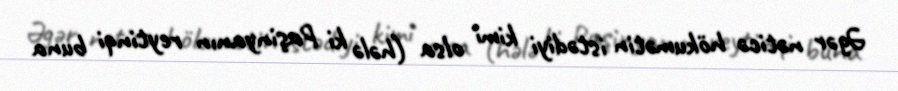
Əgər nəticə hökumətin istədiyi kimi olsa (hələ ki Paşinyanın reytinqi buna